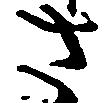
さ